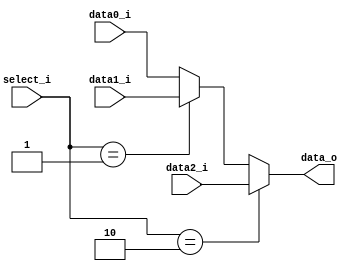
module Mux3to1( data0_i, data1_i, data2_i, select_i, data_o );

parameter size = 0;			   
			
//I/O ports               
input wire	[size-1:0] data0_i;          
input wire	[size-1:0] data1_i;
input wire	[size-1:0] data2_i;
input wire	[2-1:0] select_i;
output wire	[size-1:0] data_o; 

//Main function
/*your code here*/
assign data_o = ( (select_i == 2) ? data2_i : ( (select_i == 1) ? data1_i : data0_i ) );


endmodule